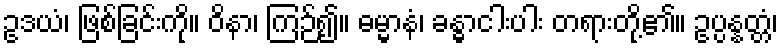
ဥဒယံ၊ ဖြစ်ခြင်းကို။ ဝိနာ၊ ကြဉ်၍။ ဓမ္မာနံ၊ ခန္ဓာငါးပါး တရားတို့၏။ ဥပ္ပန္နတ္တံ၊